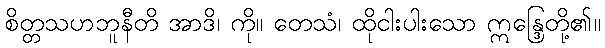
စိတ္တသဟဘူနီတိ အာဒိ၊ ကို။ တေသံ၊ ထိုငါးပါးသော ဣန္ဒြေတို့၏။